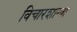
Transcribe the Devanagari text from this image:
विचारशाखा